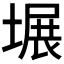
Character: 𪤍